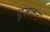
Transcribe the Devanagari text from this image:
घूलकर